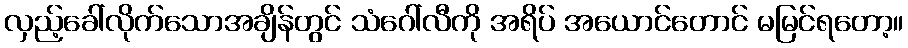
လှည့်ခေါ်လိုက်သောအချိန်တွင် သံဂေါ်လီကို အရိပ် အယောင်တောင် မမြင်ရတော့။